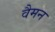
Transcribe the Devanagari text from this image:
वैमन